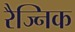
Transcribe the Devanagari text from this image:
रैज्निक